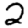
Digit: 2